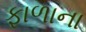
ફાળાના